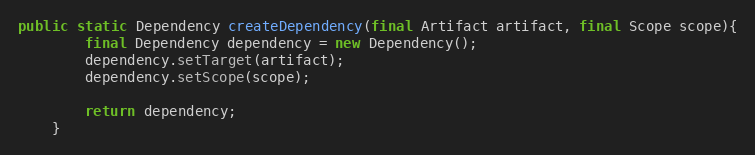
Language: Java
public static Dependency createDependency(final Artifact artifact, final Scope scope){
		final Dependency dependency = new Dependency();
		dependency.setTarget(artifact);
		dependency.setScope(scope);

		return dependency;
	}